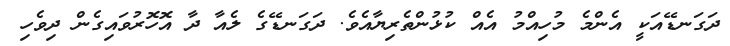
ދަގަނޑޭއަކީ އެންމެ މުހިއްމު އެއް ކުޅުންތެރިޔާއެވެ. ދަގަނޑޭގެ ލެއާ ދާ އޮހޮރުވައިގެން ދިވެހި